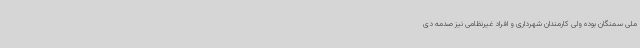
ملی سمنگان بوده ولی کارمندان شهرداری و افراد غیرنظامی نیز صدمه دی